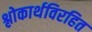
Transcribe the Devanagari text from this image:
श्लोकार्थविरहित